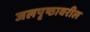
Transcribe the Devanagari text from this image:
जलपृष्ठावरील